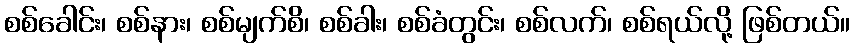
စစ်ခေါင်း၊ စစ်နား၊ စစ်မျက်စိ၊ စစ်ခါး၊ စစ်ခံတွင်း၊ စစ်လက်၊ စစ်ရယ်လို့ ဖြစ်တယ်။